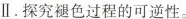
Ⅱ.探究褪色过程的可逆性。